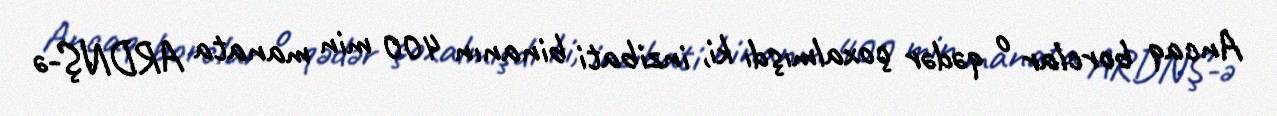
Ancaq borclar o qədər çoxalmışdı ki, inzibati binanın 400 min manata ARDNŞ-ə